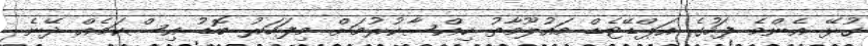
ގުޅޭ އެންމެ ފަހުގެ އަޕްޑޭޓެޑް މައުލޫމާތު ހިއްސާކުރުމަށް މިފަހަރު ބޮޑު އިސްކަމެއް ދޭނެ